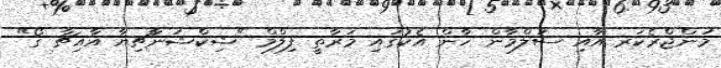
މަންޖްރެކަރ އާއި ސަލްމާން ޚާން އެކުގައި މަރާތީ ފިލްމް "ޝިކްޝަނާޗިޔާ އާއިޗާ ގޯ"